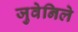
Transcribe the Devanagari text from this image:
जुवेनिले